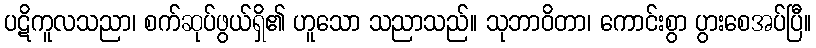
ပဋိကူလသညာ၊ စက်ဆုပ်ဖွယ်ရှိ၏ ဟူသော သညာသည်။ သုဘာဝိတာ၊ ကောင်းစွာ ပွားစေအပ်ပြီ။